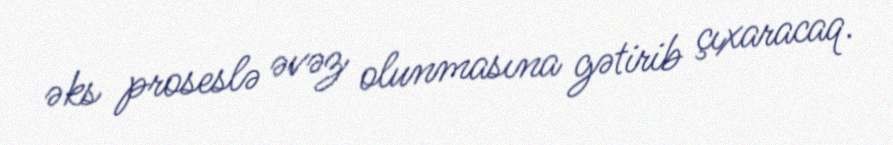
əks proseslə əvəz olunmasına gətirib çıxaracaq.